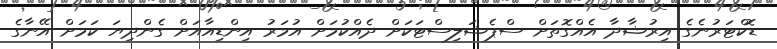
ޑޮކްޓަރުނެގެ އިރުޝާދާ އެއްގޮތަށް ސްޕެޝަލިސްޓަކަށް ދެއްކުމަށް އުމަރު އިންޑިއާއަށް ގެންދިޔަ ކަމަށް އޭނާގެ